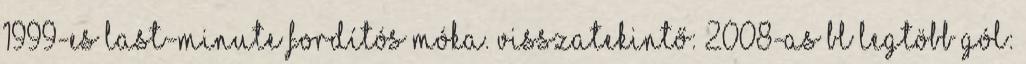
1999-es last-minute fordítós móka. Visszatekintő: 2008-as BL Legtöbb gól: